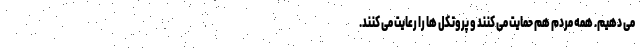
می دهیم. همه مردم هم حمایت می کنند و پروتکل ها را رعایت می کنند.